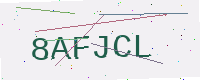
Text: 8AFJCL